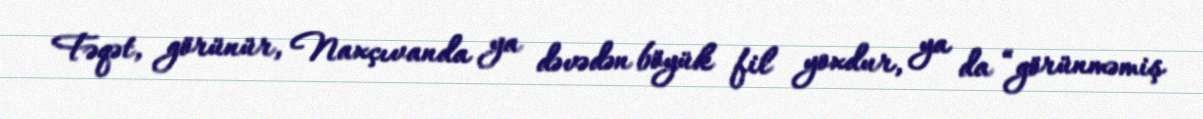
Fəqət, görünür, Naxçıvanda ya dəvədən böyük fil yoxdur, ya da “görünməmiş